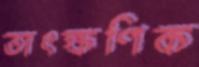
তাৎক্ষণিক